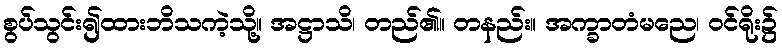
စွပ်သွင်း၍ထားဘိသကဲ့သို့။ အဋ္ဌာသိ၊ တည်၏။ တနည်း။ အက္ခာတံမညေ၊ ဝင်ရိုး၌